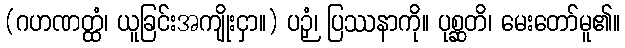
(ဂဟဏတ္ထံ၊ ယူခြင်းအကျိုးငှာ။) ပဉှံ၊ ပြဿနာကို။ ပုစ္ဆတိ၊ မေးတော်မူ၏။